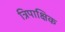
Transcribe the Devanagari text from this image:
त्रिपाक्षिक